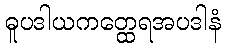
ဓူပဒါယကတ္ထေရအပဒါနံ